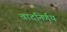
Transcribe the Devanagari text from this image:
वादनिर्णय